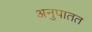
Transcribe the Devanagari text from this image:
अनुपातत